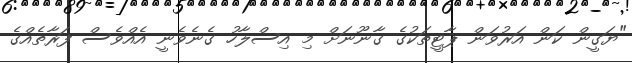
"ޔަގީން ކަން އަރުވަން ޕާޓީތަކުގެ ގާނޫނަށް މި އިސްލާހު ގެނެވެނީ އެއްވެސް ފަރާތެއްގެ